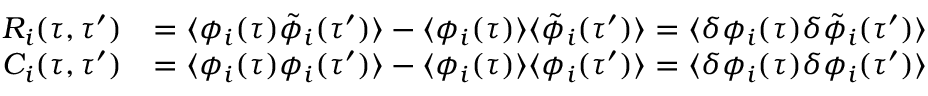
\begin{array} { r l } { R _ { i } ( \tau , \tau ^ { \prime } ) } & { = \langle \phi _ { i } ( \tau ) \tilde { \phi } _ { i } ( \tau ^ { \prime } ) \rangle - \langle \phi _ { i } ( \tau ) \rangle \langle \tilde { \phi } _ { i } ( \tau ^ { \prime } ) \rangle = \langle \delta \phi _ { i } ( \tau ) \delta \tilde { \phi } _ { i } ( \tau ^ { \prime } ) \rangle } \\ { C _ { i } ( \tau , \tau ^ { \prime } ) } & { = \langle \phi _ { i } ( \tau ) \phi _ { i } ( \tau ^ { \prime } ) \rangle - \langle \phi _ { i } ( \tau ) \rangle \langle \phi _ { i } ( \tau ^ { \prime } ) \rangle = \langle \delta \phi _ { i } ( \tau ) \delta \phi _ { i } ( \tau ^ { \prime } ) \rangle } \end{array}